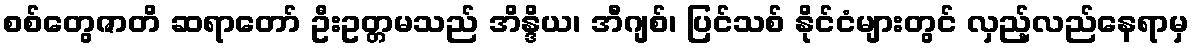
စစ်တွေဇာတိ ဆရာတော် ဦးဥတ္တမသည် အိန္ဒိယ၊ အီဂျစ်၊ ပြင်သစ် နိုင်ငံများတွင် လှည့်လည်နေရာမှ